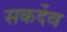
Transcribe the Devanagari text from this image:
सकर्देव